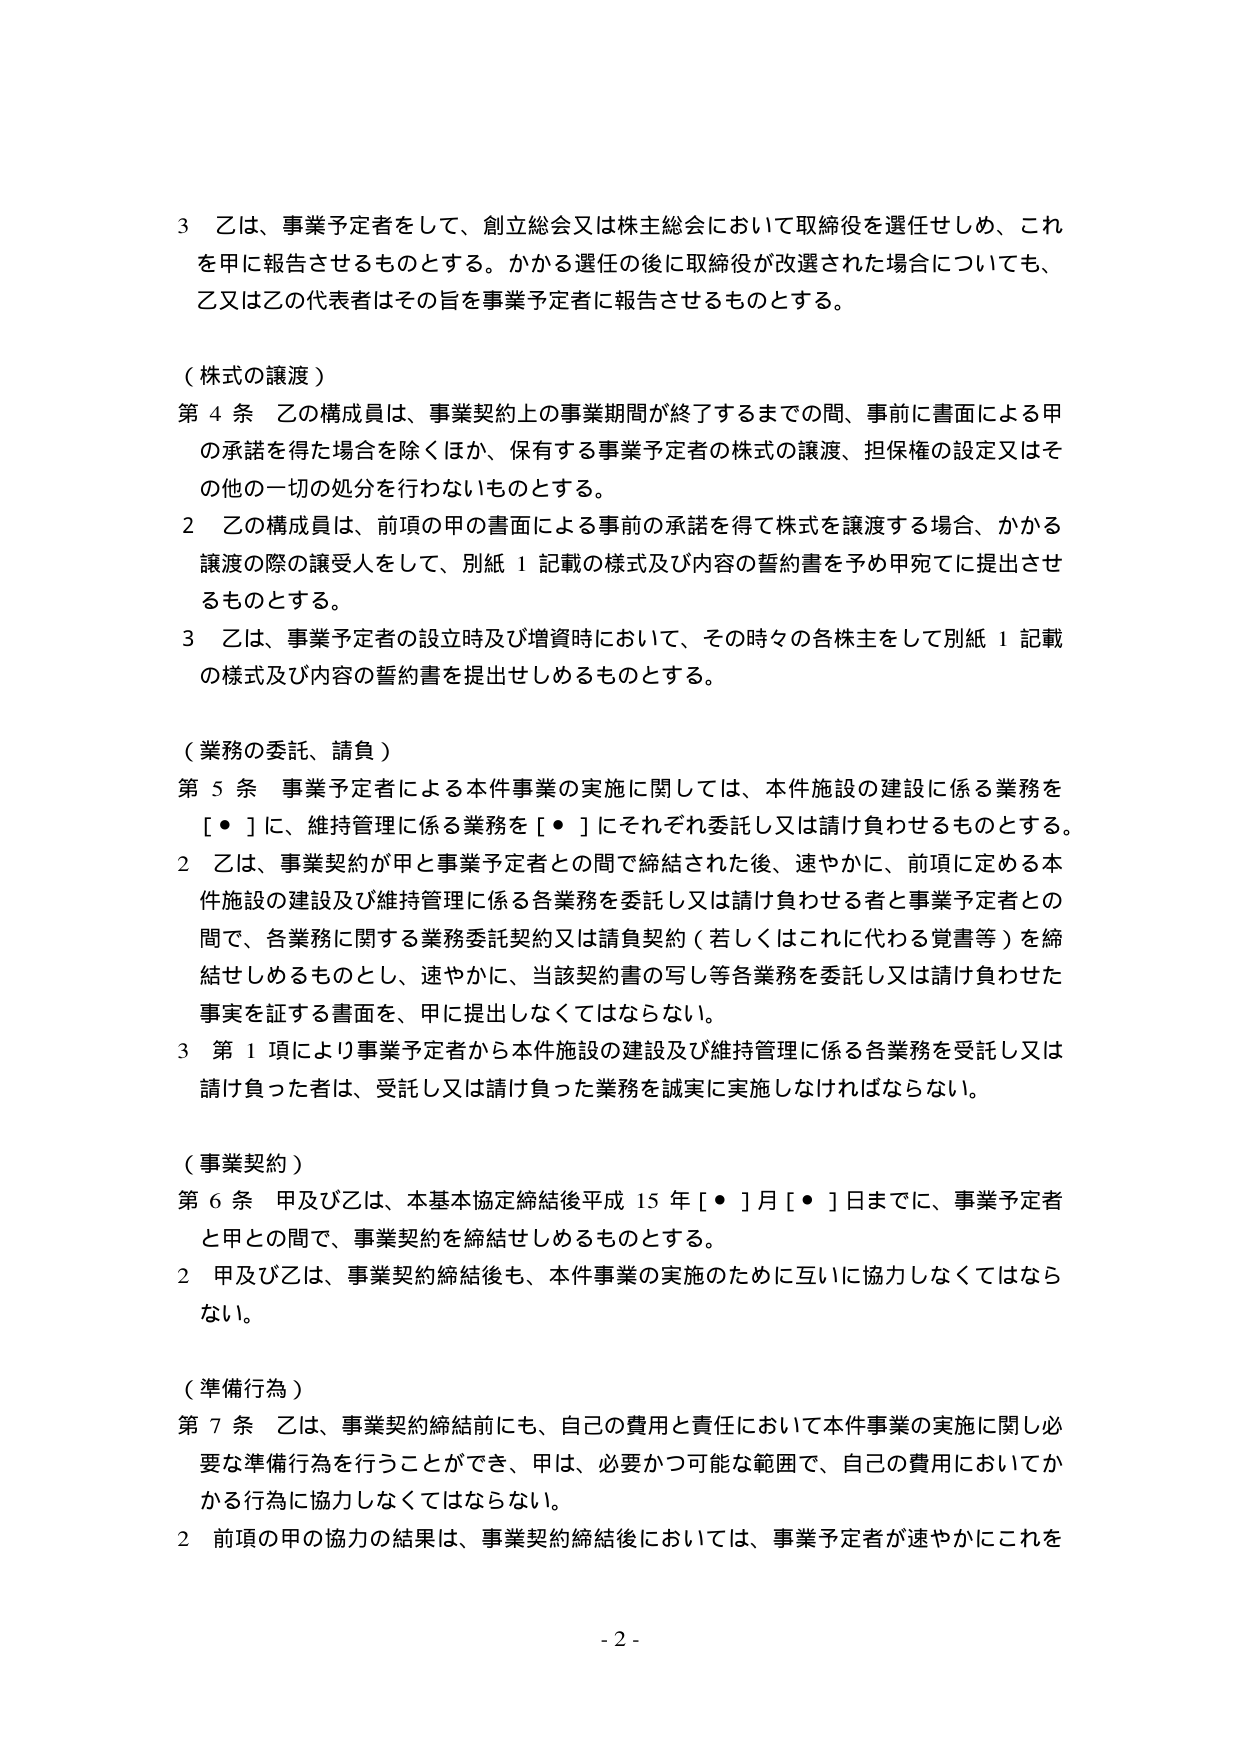
3 乙は、事業予定者をして、創立総会又は株主総会において取締役を選任せしめ、これを甲に報告させるものとする。かかる選任の後に取締役が改選された場合についても、乙又は乙の代表者はその旨を事業予定者に報告させるものとする。

（株式の譲渡）
第４条 乙の構成員は、事業契約上の事業期間が終了するまでの間、事前に書面による甲の承諾を得た場合を除くほか、保有する事業予定者の株式の譲渡、担保権の設定又はその他の一切の処分を行わないものとする。
2 乙の構成員は、前項の甲の書面による事前の承諾を得て株式を譲渡する場合、かかる譲渡の際の譲受人をして、別紙１記載の様式及び内容の誓約書を予め甲宛てに提出させるものとする。
3 乙は、事業予定者の設立時及び増資時において、その時々の各株主をして別紙１記載の様式及び内容の誓約書を提出せしめるものとする。

（業務の委託、請負）
第５条 事業予定者による本件事業の実施に関しては、本件施設の建設に係る業務を［・］に、維持管理に係る業務を［・］にそれぞれ委託し又は請け負わせるものとする。
2 乙は、事業契約が甲と事業予定者との間で締結された後、速やかに、前項に定める本件施設の建設及び維持管理に係る各業務を委託し又は請け負わせる者と事業予定者との間で、各業務に関する業務委託契約又は請負契約（若しくはこれに代わる覚書等）を締結せしめるものとし、速やかに、当該契約書の写し等各業務を委託し又は請け負わせた事実を証する書面を、甲に提出しなくてはならない。
3 第１項により事業予定者から本件施設の建設及び維持管理に係る各業務を受託し又は請け負った者は、受託し又は請け負った業務を誠実に実施しなければならない。

（事業契約）
第６条 甲及び乙は、本基本協定締結後平成15年［・］月［・］日までに、事業予定者と甲との間で、事業契約を締結せしめるものとする。
2 甲及び乙は、事業契約締結後も、本件事業の実施のために互いに協力しなくてはならない。

（準備行為）
第７条 乙は、事業契約締結前にも、自己の費用と責任において本件事業の実施に関し必要な準備行為を行うことができ、甲は、必要かつ可能な範囲で、自己の費用においてかかる行為に協力しなくてはならない。
2 前項の甲の協力の結果は、事業契約締結後においては、事業予定者が速やかにこれを

- 2 -